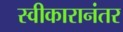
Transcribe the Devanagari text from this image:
स्वीकारानंतर